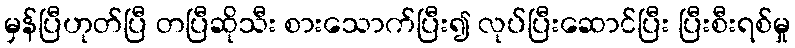
မှန်ပြီဟုတ်ပြီ တပြီဆိုသီး စားသောက်ပြီး၍ လုပ်ပြီးဆောင်ပြီး ပြီးစီးရစ်မှု